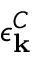
\epsilon _ { \bf k } ^ { C }